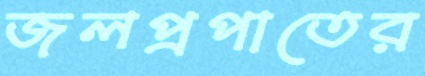
জলপ্রপাতের